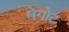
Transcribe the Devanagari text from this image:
मेगोट